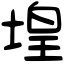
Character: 堭